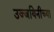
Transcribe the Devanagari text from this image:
उज्जयिनीच्या